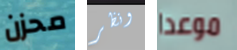
محزن ونظر موعدا